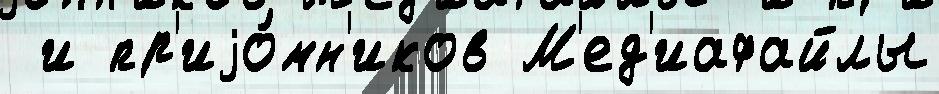
 и пр'иjо́мн'иков М'ед'иафайлы